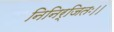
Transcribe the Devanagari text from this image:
निनिर्जितः।।